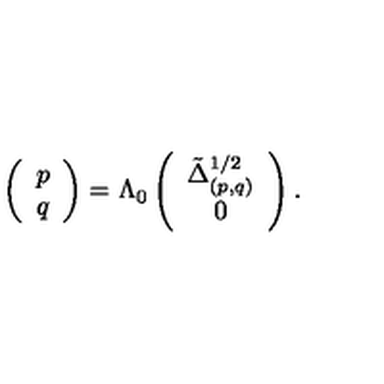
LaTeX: \left( \begin{array} { c } { p } \\ { q } \\ \end{array} \right) = \Lambda _ { 0 } \left( \begin{array} { c } { \tilde { \Delta } _ { ( p , q ) } ^ { 1 / 2 } } \\ { 0 } \\ \end{array} \right) .